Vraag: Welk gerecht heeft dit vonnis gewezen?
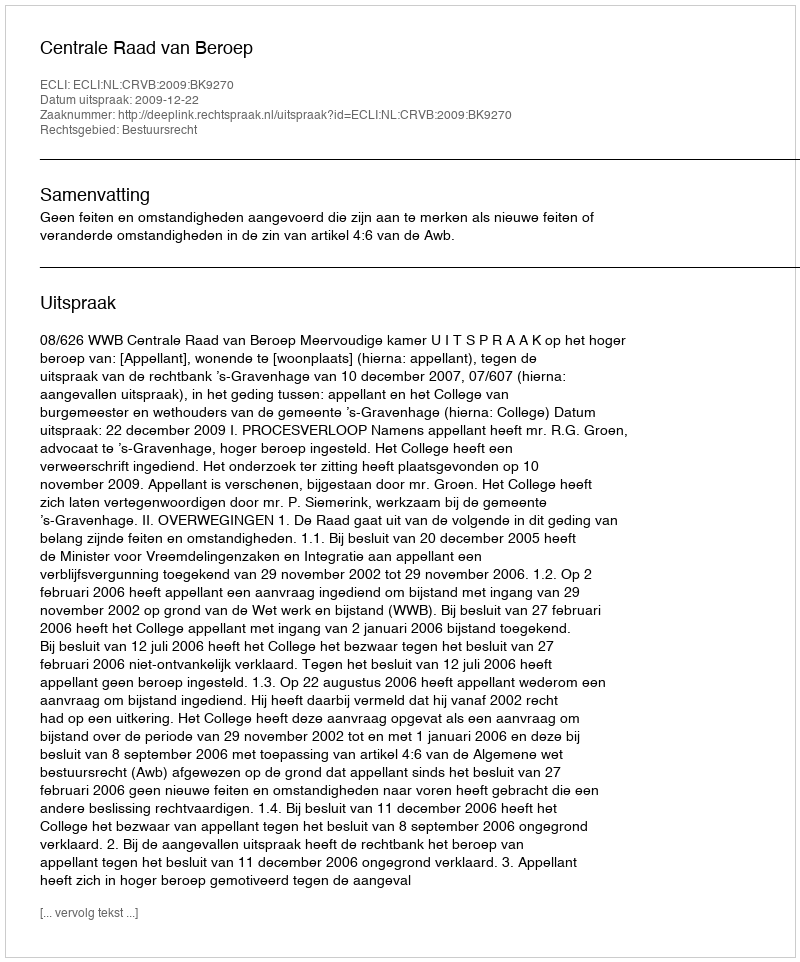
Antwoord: Centrale Raad van Beroep